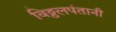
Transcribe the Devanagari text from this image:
विठ्ठलपंतानी